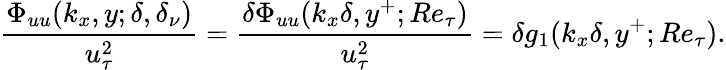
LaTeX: \frac{\Phi_{uu}(k_{x},y;\delta,\delta_{\nu})}{u_{\tau}^{2}}=\frac{\delta\Phi_{uu}(k_{x}\delta,y^{+};Re_{\tau})}{u_{\tau}^{2}}=\delta g_{1}(k_{x}\delta,y^{+};Re_{\tau}).